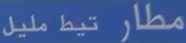
مطار تيط مليل